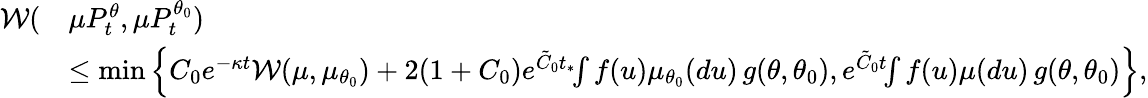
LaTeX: \begin{array}{rl}{\mathcal{W}(}&{\mu P_{t}^{\theta},\mu P_{t}^{\theta_{0}})}\\ &{\leq\operatorname*{min}\left\{ C_{0}e^{-\kappa t}\mathcal{W}(\mu,\mu_{\theta_{0}})+2(1+C_{0})e^{\tilde{C}_{0}t_{*}}\! \! \int f(u)\mu_{\theta_{0}}(du)\, g(\theta,\theta_{0}),e^{\tilde{C}_{0}t}\! \! \int f(u)\mu(du)\, g(\theta,\theta_{0})\right\} ,}\end{array}